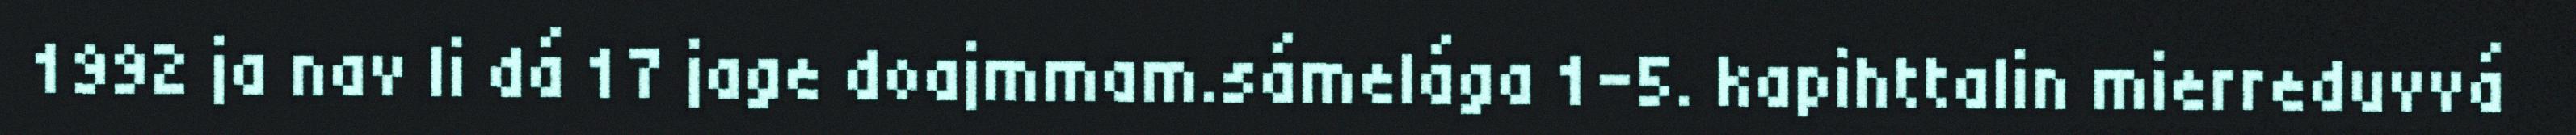
1992 ja nav li dá 17 jage doajmmam.sámelága 1-5. kapihttalin mierreduvvá